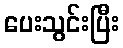
ပေးသွင်းပြီး